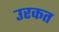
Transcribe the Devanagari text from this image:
उरकत